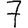
Digit: 7